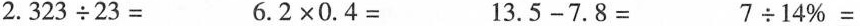
$$ 2.323 {\div} 23 = $$$$ 6.2 \times 0.4 = $$$$ 13.5 - 7.8 = $$$$ 7 {\div} 14% = $$